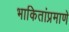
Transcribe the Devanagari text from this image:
भाकितांप्रमाणे